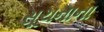
સૂચનાના